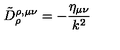
\tilde { D } _ { \rho } ^ { \rho , \mu \nu } = - \frac { \eta _ { \mu \nu } } { k ^ { 2 } }